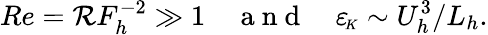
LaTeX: Re=\mathcal{R}F_{h}^{-2}\gg 1~~~~\mathrm{~a~n~d~}~~~~{\varepsilon_{\! \scriptscriptstyle K}}\sim U_{h}^{3}/L_{h}.